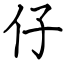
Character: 仔